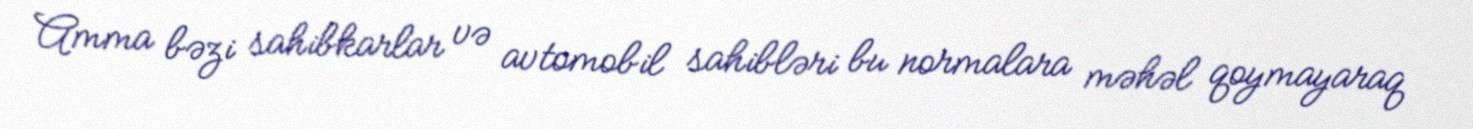
Amma bəzi sahibkarlar və avtomobil sahibləri bu normalara məhəl qoymayaraq